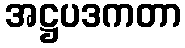
အဋ္ဌပဒကတာ